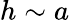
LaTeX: h\sim a